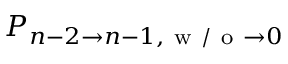
P _ { n - 2 \to n - 1 , \mathrm { ~ w ~ / ~ o ~ } \to 0 }